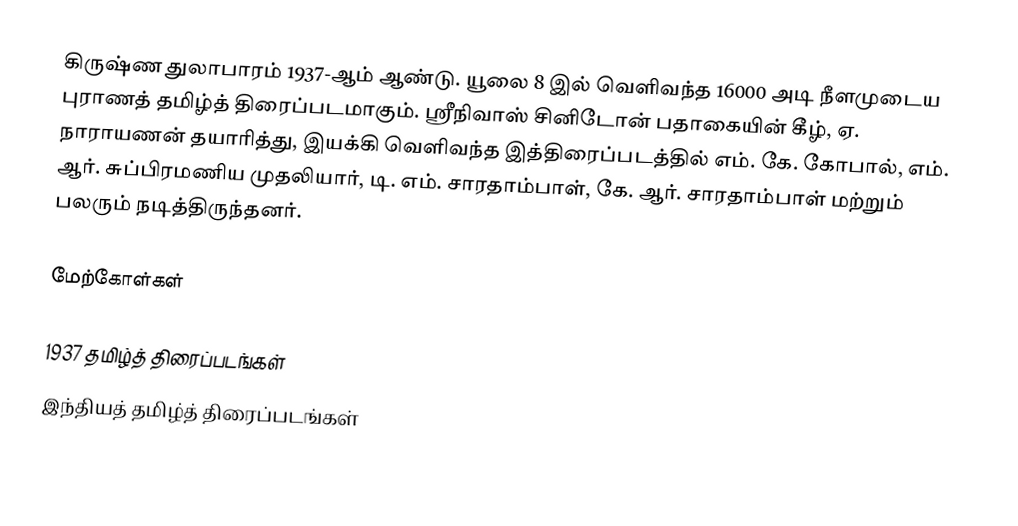
கிருஷ்ண துலாபாரம் 1937-ஆம் ஆண்டு. யூலை 8 இல் வெளிவந்த 16000 அடி நீளமுடைய புராணத் தமிழ்த் திரைப்படமாகும். ஸ்ரீநிவாஸ் சினிடோன் பதாகையின் கீழ், ஏ. நாராயணன் தயாரித்து, இயக்கி வெளிவந்த இத்திரைப்படத்தில் எம். கே. கோபால், எம். ஆர். சுப்பிரமணிய முதலியார், டி. எம். சாரதாம்பாள், கே. ஆர். சாரதாம்பாள் மற்றும் பலரும் நடித்திருந்தனர்.

மேற்கோள்கள்

1937 தமிழ்த் திரைப்படங்கள்
இந்தியத் தமிழ்த் திரைப்படங்கள்